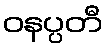
ဝနပ္ပတီ